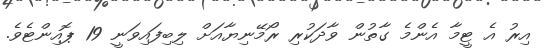
އިރު އެ ޓީމާ އެންމެ ގާތުން ވާދަކުރި ރޯމޭނިޔާއަށް ލިބިފައިވަނީ 19 ޕޮއިންޓެވެ.